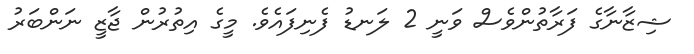
ޝިޒާނާގެ ފަރާތުންވެސް ވަނީ 2 ލަނޑު ފެނިފައެވެ. މީގެ އިތުރުން ޖާޒީ ނަންބަރު